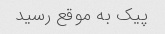
پیک به موقع رسید